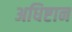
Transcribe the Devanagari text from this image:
अधिष्टान